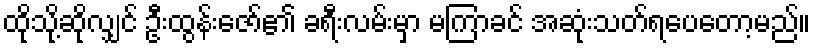
ထိုသို့ဆိုလျှင် ဦးထွန်းဇော်၏ ခရီးလမ်းမှာ မကြာခင် အဆုံးသတ်ရပေတော့မည်။